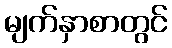
မျက်နှာစာတွင်